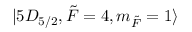
\lvert 5 D _ { 5 / 2 } , \Tilde { F } = 4 , m _ { \Tilde { F } } = 1 \rangle